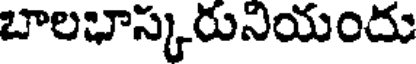
బాలభాస్కరునియందు